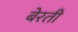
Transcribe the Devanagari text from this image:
बेरती